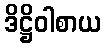
ဒိဋ္ဌိဝါစာယ